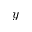
y